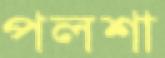
পলশা